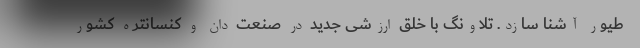
طیور آشنا سازد. تلاونگ با خلق ارزشی جدید در صنعت دان و کنسانتره کشور